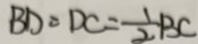
B D = D C = \frac { 1 } { 2 } B C